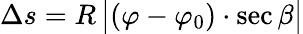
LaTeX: \Delta s=R\, {\big|}(\varphi-\varphi_{0})\cdot\sec\beta{\big|}